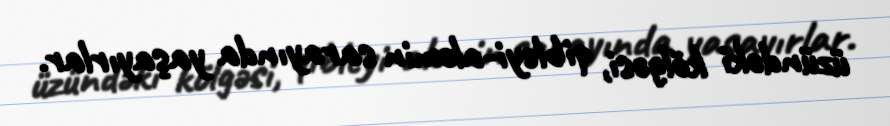
üzündəki kölgəsi, qibleyi-aləmin sarayında yaşayırlar.